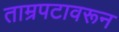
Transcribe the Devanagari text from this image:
ताम्रपटावरून